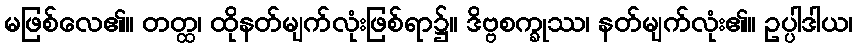
မဖြစ်လေ၏။ တတ္ထ၊ ထိုနတ်မျက်လုံးဖြစ်ရာ၌။ ဒိဗ္ဗစက္ခုဿ၊ နတ်မျက်လုံး၏။ ဥပ္ပါဒါယ၊